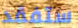
ستفقد